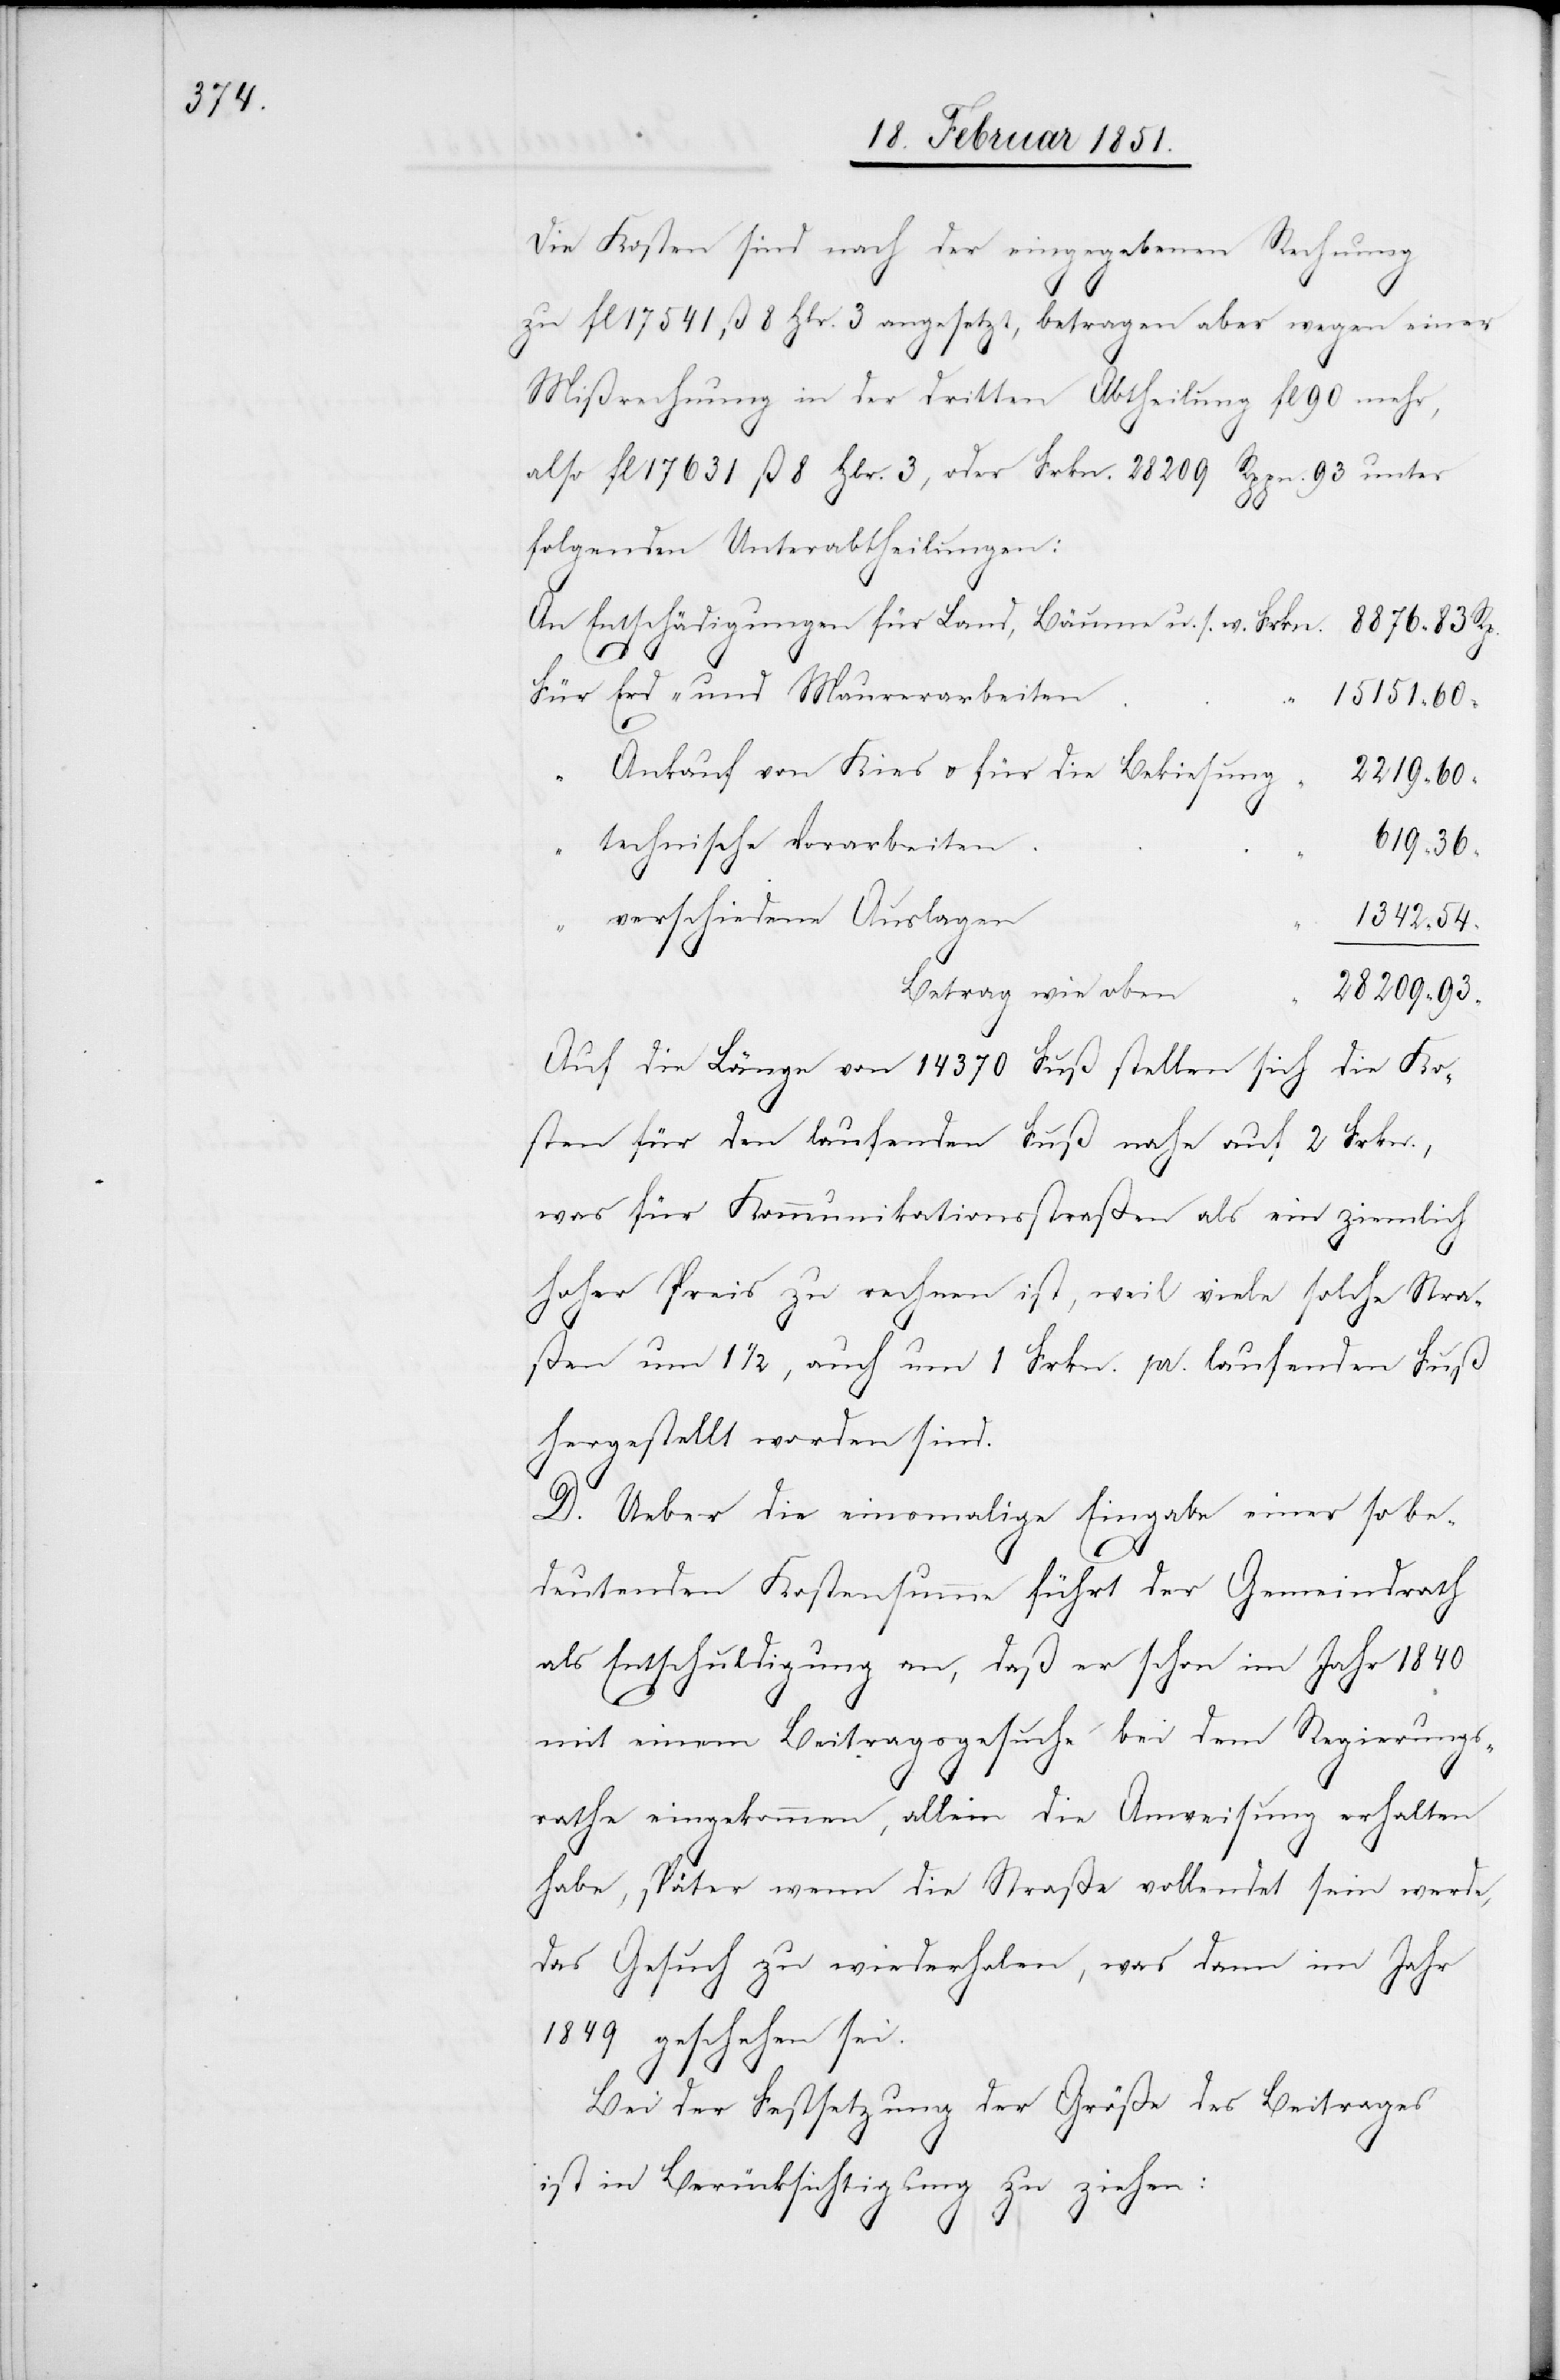
8876

Die Kosten sind nach der eingegebenen Rechnung
zu fl 17541 ß 8 Hlr. 3 angesetzt, betragen aber wegen einer
Mißrechnung in der dritten Abtheilung fl 90 mehr,
also fl 17631 ß 8 Hlr. 3, oder Frkn. 28209 Rppn. 93 unter
93
folgenden Unterabtheilungen:
An Entschädigungen für Land, Bäume u. s. w.
Für Erd- und Maurerarbeiten
Ankauf von Kies u. für die Bekiesung
“
technische Vorarbeiten
verschiedene Auslagen
Betrag wie oben
Auf die Länge von 14370 Fuß stellen sich die Ko¬
sten für den laufenden Fuß nahe auf 2 Frkn.,
was für Kommunikationsstraßen als ein ziemlich
hoher Preis zu rechnen ist, weil viele solche Stra¬
ßen um 1 1/2, auch um 1 Frkn. pr. laufenden Fuß
hergestellt worden sind.
D. Ueber die einsmalige Eingabe einer so be¬
1342
deutenden Kostensumme führt der Gemeindrath
als Entschuldigung an, daß er schon im Jahr 1840
mit einem Beitragsgesuche bei dem Regierungs¬
rathe eingekommen, allein die Anweisung erhalten
habe, später wenn die Straße vollendet sein werde,
das Gesuch zu wiederholen, was dann im Jahr
1849 geschehen sei.
Bei der Festsetzung der Größe des Beitrages
ist in Berücksichtigung zu ziehen: